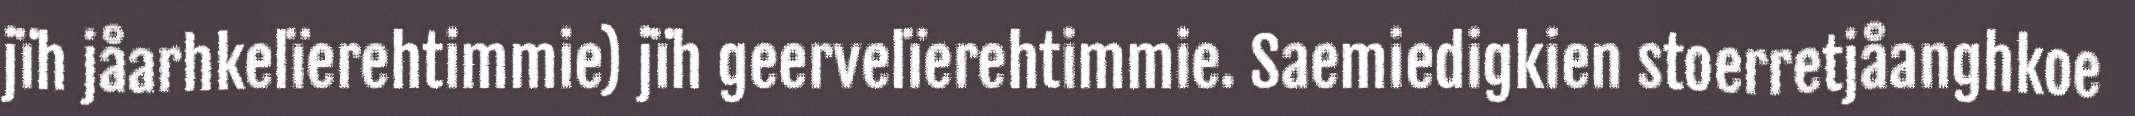
jïh jåarhkelïerehtimmie) jïh geervelïerehtimmie. Saemiedigkien stoerretjåanghkoe